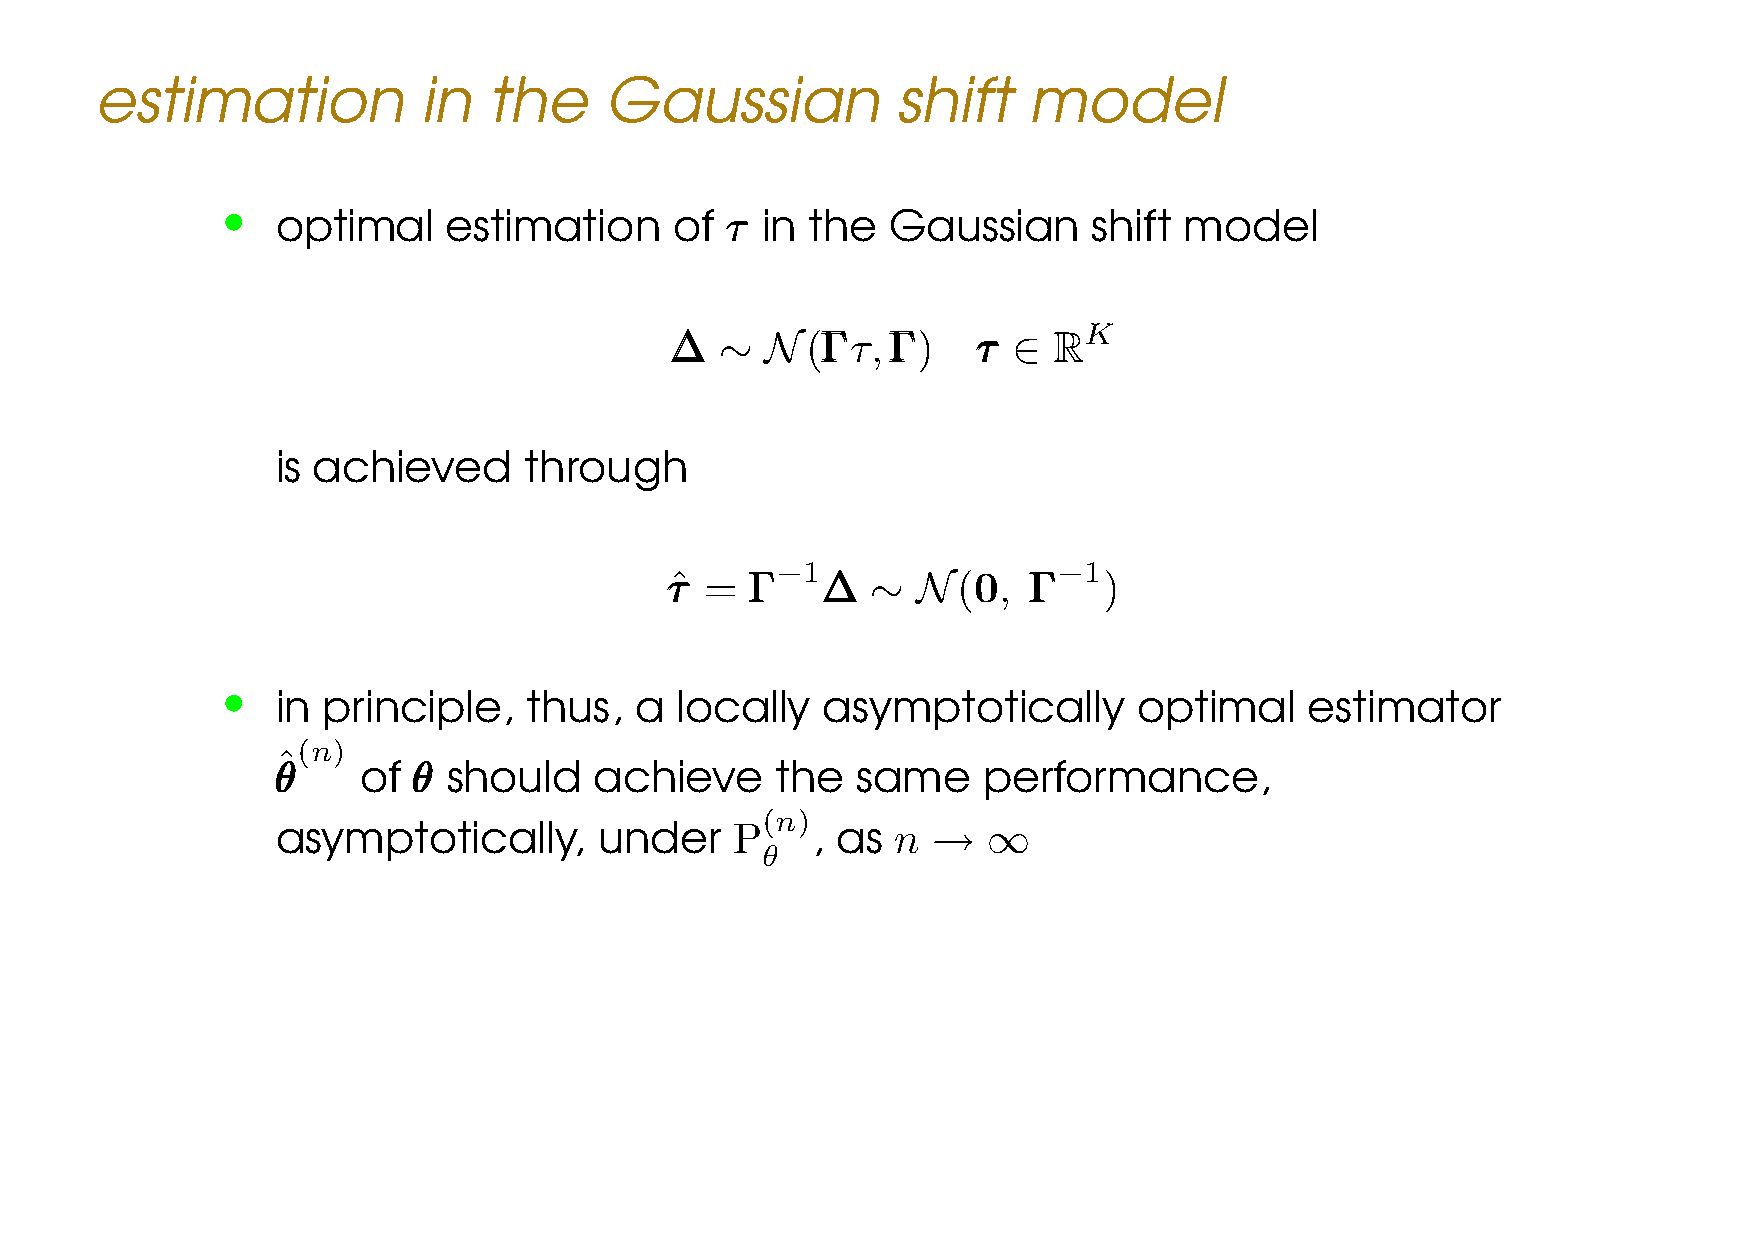
estimation            in  the     Gaussian           shift    model
 •
 optimal     estimation     of τττ in the Gaussian     shift model
 RK
 ∆∆∆ ∼  N(ΓΓΓτ,ΓΓΓ)   τττ ∈
 is achieved      through
 −1           0     −1
 τττˆ = ΓΓΓ ∆∆∆ ∼ N(   , ΓΓΓ  )
 •
 in principle,    thus,  a  locally  asymptotically       optimal     estimator
 (n)
 ˆ
 θθθ   of θθθ should  achieve     the   same    performance,
 (n)
 asymptotically,       under   P     , as n  →  ∞
 θ
 LE CAM’S ASYMPTOTIC THEORY IN A NUTSHELL –p.43/46